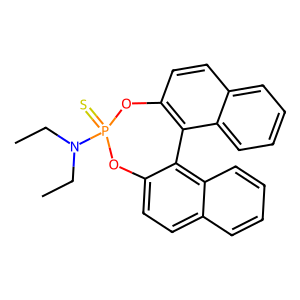
SMILES: CCN(CC)P1(=S)Oc2ccc3ccccc3c2-c2c(ccc3ccccc23)O1
Inhibits HIV replication: No